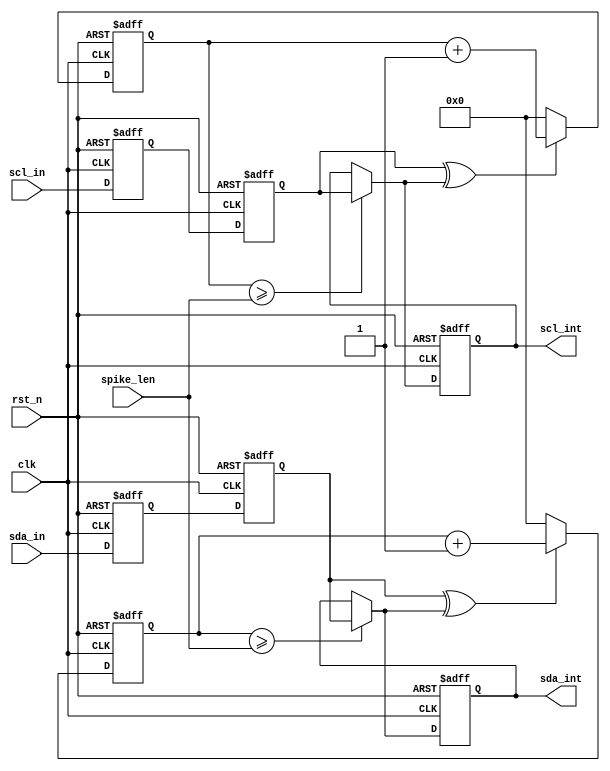
// (C) 2001-2017 Intel Corporation. All rights reserved.
// Your use of Intel Corporation's design tools, logic functions and other 
// software and tools, and its AMPP partner logic functions, and any output 
// files from any of the foregoing (including device programming or simulation 
// files), and any associated documentation or information are expressly subject 
// to the terms and conditions of the Intel Program License Subscription 
// Agreement, Intel FPGA IP License Agreement, or other applicable 
// license agreement, including, without limitation, that your use is for the 
// sole purpose of programming logic devices manufactured by Intel and sold by 
// Intel or its authorized distributors.  Please refer to the applicable 
// agreement for further details.


// synthesis translate_off
`timescale 1ns / 1ps
// synthesis translate_on

module altera_avalon_i2c_spksupp (
    input       clk,
    input       rst_n,
    input [7:0] spike_len,
    input       sda_in,
    input       scl_in,
    output      sda_int,
    output      scl_int
);

// Status Register bit definition


// wires & registers declaration
reg [7:0]   scl_spike_cnt;
reg         scl_int_reg;
reg         scl_doublesync_a;
reg [7:0]   sda_spike_cnt;
reg         sda_int_reg;
reg         sda_doublesync_a;
reg         scl_in_synced;
reg         sda_in_synced;

wire        scl_clear_cnt;
wire        scl_cnt_limit;
wire        scl_int_next;
wire        sda_clear_cnt;
wire        sda_cnt_limit;
wire        sda_int_next; 
 
 
// double sync flops for scl  
always @(posedge clk or negedge rst_n) begin
    if (!rst_n) begin
        scl_doublesync_a    <= 1'b1;
        scl_in_synced       <= 1'b1;
    end
    else begin
        scl_doublesync_a    <= scl_in;
        scl_in_synced       <= scl_doublesync_a;
    end
end
  
  
//assign scl_in_synced = scl_doublesync_b;
// XOR: return 1 to increase counter ; return 0 to reset counter
assign scl_clear_cnt = ~(scl_in_synced ^ scl_int_next) ;

// scl counter
always @(posedge clk or negedge rst_n) begin
    if(!rst_n)
        scl_spike_cnt <= 8'h0;
    else if(scl_clear_cnt)
        scl_spike_cnt <= 8'h0;
    else 
        scl_spike_cnt <= scl_spike_cnt + 8'h1;
end

// to allow scl_in pass through to scl_int when the comparator returns 1
// if disallow to pass through, scl_int returns the prev value
// to make the scl_in pass through at the same clock as the counter reaching the limit value of suppression length
assign scl_cnt_limit = (scl_spike_cnt >= spike_len);

always @(posedge clk or negedge rst_n) begin
    if (!rst_n)
        scl_int_reg <= 1'b1;
    else 
        scl_int_reg <= scl_int_next;
end

assign scl_int_next = scl_cnt_limit ? scl_in_synced : scl_int_reg; 
//assign scl_int = scl_cnt_limit ? scl_in_synced : scl_int_reg ;
assign scl_int = scl_int_reg; // Using the registered version to improve timing



// double sync flops for sda
always @(posedge clk or negedge rst_n) begin
    if (!rst_n) begin
        sda_doublesync_a <= 1'b1;
        sda_in_synced <= 1'b1;
    end
    else begin
        sda_doublesync_a <= sda_in;
        sda_in_synced <=sda_doublesync_a;
    end
end


//  assign sda_in_synced = sda_doublesync_b;
// XOR: return 1 to increase counter ; return 0 to reset counter
assign sda_clear_cnt = ~(sda_in_synced ^ sda_int_next) ;

// sda counter
always @(posedge clk or negedge rst_n) begin
    if(!rst_n)
        sda_spike_cnt <= 8'h0;
    else if(sda_clear_cnt)
        sda_spike_cnt <= 8'h0;
    else
        sda_spike_cnt <= sda_spike_cnt + 8'h1;
end

// to allow scl_in pass through to scl_int when the comparator returns 1
// if disallow to pass through, scl_int returns the prev value
// to make the scl_in pass through at the same clock as the counter reaching the limit value of suppression length
assign sda_cnt_limit = (sda_spike_cnt >= spike_len);

always @(posedge clk or negedge rst_n) begin
    if (!rst_n)
        sda_int_reg <= 1'b1;
    else
        sda_int_reg <= sda_int_next;
end

assign sda_int_next = sda_cnt_limit ? sda_in_synced : sda_int_reg;
//assign sda_int = sda_cnt_limit ? sda_in_synced : sda_int_reg ;
assign sda_int = sda_int_reg;  // Using the registered version to improve timing


endmodule